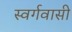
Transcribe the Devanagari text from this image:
स्‍वर्गवासी